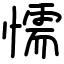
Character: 懦